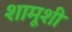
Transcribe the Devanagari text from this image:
शामूशी